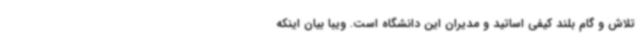
تلاش و گام بلند کیفی اساتید و مدیران این دانشگاه است. ویبا بیان اینکه